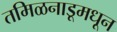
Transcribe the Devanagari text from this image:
तमिळनाडूमधून